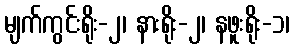
မျက်ကွင်းရိုး-၂၊ နားရိုး-၂၊ နဖူးရိုး-၁၊